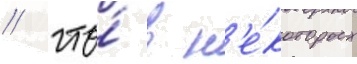
/ что́ в н'е́которых